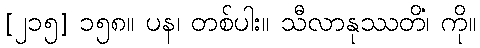
[၂၁၅] ၁၅၈။ ပန၊ တစ်ပါး။ သီလာနုဿတိံ၊ ကို။